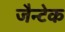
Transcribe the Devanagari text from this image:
जैन्टेक